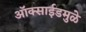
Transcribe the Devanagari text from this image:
ऑक्साईडमुळे